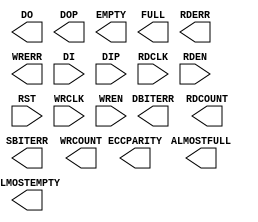
// $Header: /devl/xcs/repo/env/Databases/CAEInterfaces/xec_libs/data/unisims/FIFO36_72.v,v 1.3 2008/08/11 22:17:44 vandanad Exp $
///////////////////////////////////////////////////////////////////////////////
// Copyright (c) 1995/2006 Xilinx, Inc.
// All Right Reserved.
///////////////////////////////////////////////////////////////////////////////
//   ____  ____
//  /   /\/   /
// /___/  \  /    Vendor : Xilinx
// \   \   \/     Version : 8.2i
//  \   \         Description : Xilinx Formal Verification Library Component
//  /   /                  36K-Bit FIFO
// /___/   /\     Filename : FIFO36_72.v
// \   \  /  \    Timestamp : Wed Jun  7 16:13:41 PDT 2006
//  \___\/\___\
//
// Revision:
//    06/07/06 - Initial version.
// End Revision

`timescale 1 ps/1 ps

module FIFO36_72 (ALMOSTEMPTY, ALMOSTFULL, DBITERR, DO, DOP, ECCPARITY, EMPTY, FULL, RDCOUNT, RDERR, SBITERR, WRCOUNT, WRERR,
	       DI, DIP, RDCLK, RDEN, RST, WRCLK, WREN);

    parameter ALMOST_EMPTY_OFFSET = 9'h080;
    parameter ALMOST_FULL_OFFSET = 9'h080;
    parameter DO_REG = 1;
    parameter EN_ECC_WRITE = "FALSE";
    parameter EN_ECC_READ = "FALSE";
    parameter EN_SYN = "FALSE";
    parameter FIRST_WORD_FALL_THROUGH = "FALSE";
    parameter SIM_MODE = "SAFE";
    output ALMOSTEMPTY;
    output ALMOSTFULL;
    output DBITERR;
    output [63:0] DO;
    output [7:0] DOP;
    output [7:0] ECCPARITY;
    output EMPTY;
    output FULL;
    output [8:0] RDCOUNT;
    output RDERR;
    output SBITERR;
    output [8:0] WRCOUNT;
    output WRERR;
    input [63:0] DI;
    input [7:0] DIP;
    input RDCLK;
    input RDEN;
    input RST;
    input WRCLK;
    input WREN;

endmodule // FIFO36_72